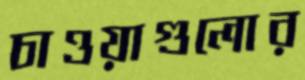
চাওয়াগুলোর